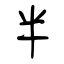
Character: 半